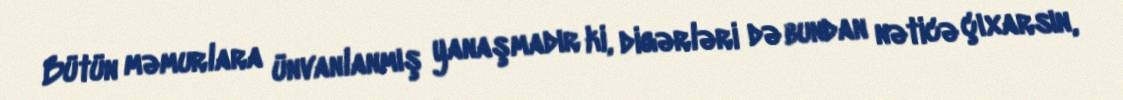
Bütün məmurlara ünvanlanmış yanaşmadır ki, digərləri də bundan nəticə çıxarsın,